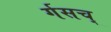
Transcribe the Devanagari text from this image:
र्गसच्